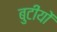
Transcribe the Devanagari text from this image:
बुटीयों